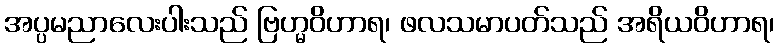
အပ္ပမညာလေးပါးသည် ဗြဟ္မဝိဟာရ၊ ဖလသမာပတ်သည် အရိယဝိဟာရ၊